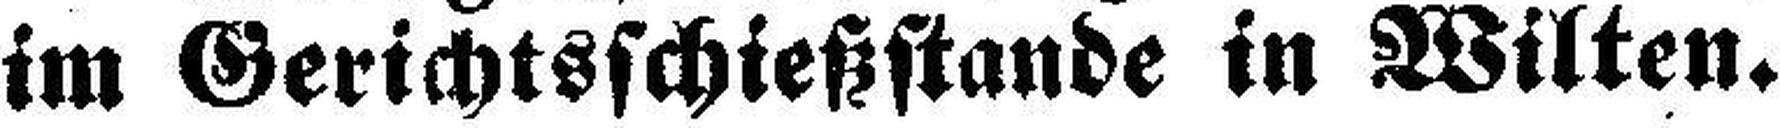
im Gerichtsschießstande in Wilten.